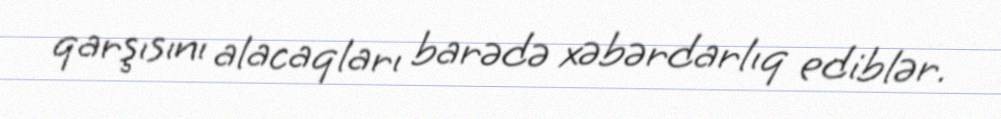
qarşısını alacaqları barədə xəbərdarlıq ediblər.